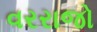
વરરાજો